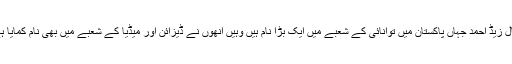
اقبال زیڈ احمد جہاں پاکستان میں توانائی کے شعبے میں ایک بڑا نام ہیں وہیں انھوں نے ڈیزائن اور میڈیا کے شعبے میں بھی نام کمایا ہے۔